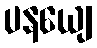
ပနယျေ